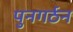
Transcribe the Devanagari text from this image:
पुनगर्ठन